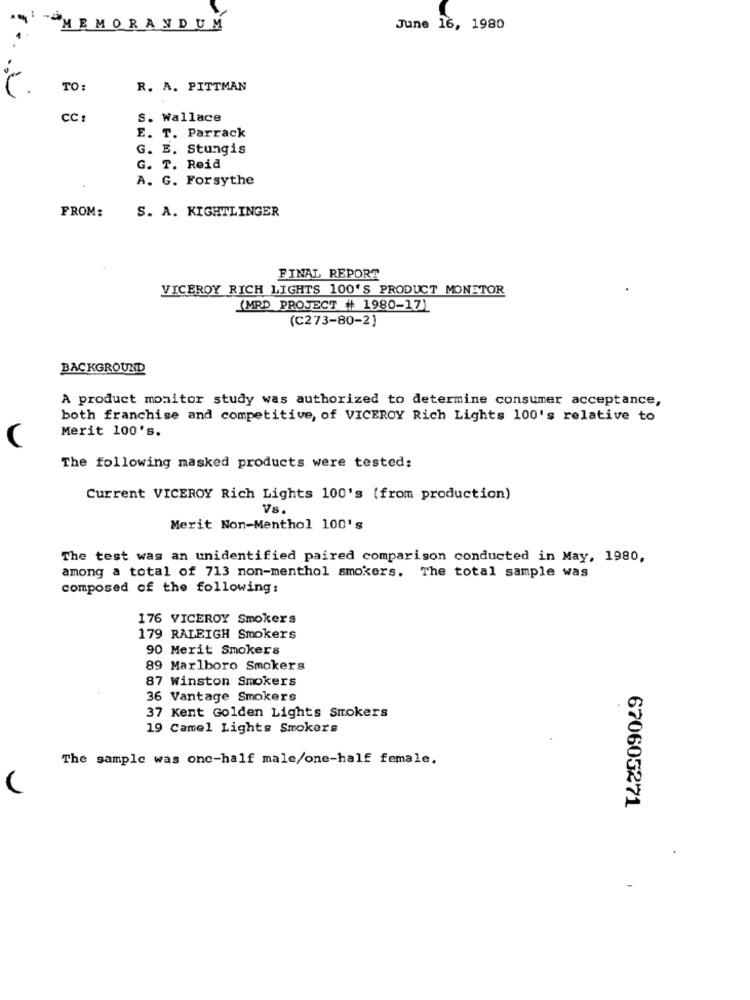
MEMORANDUM
June 16, 1980
TO:
R. A. PITTMAN
CC :
S. Wallace
E. T. Parrack
G. E. Stungis
G. T. Reid
A. G. Forsythe
FROM:
S. A. KIGHTLINGER
FINAL REPORT
VICEROY RICH LIGHTS 100'S PRODUCT MONETOR
(MRD PROJECT # 1980-17)
(C273-80-2)
BACKGROUND
A product monitor study was authorized to determine consumer acceptance,
both franchise and competitive, of VICEROY Rich Lights 100's relative to
Merit 100's.
C
The following masked products were tested:
Current VICEROY Rich Lights 100's (from production)
Vs.
Merit Non-Menthol 100's
The test was an unidentified paired comparison conducted in May, 1980,
among a total of 713 non-menthol smokers. The total sample was
composed of the following:
176 VICEROY Smokers
179 RALEIGH Smokers
90 Merit Smokers
89 Marlboro Smokers
87 Winston Smokers
36 Vantage Smokers
37 Kent Golden Lights Smokers
19 Camel Lights Smokers
The sample was one-half male/one-half female.
670605271